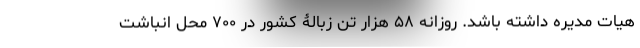
هیات مدیره داشته باشد. روزانه ۵۸ هزار تن زبالۀ کشور در ۷۰۰ محل انباشت